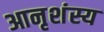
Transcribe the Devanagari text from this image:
आनृशंस्य